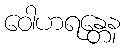
ဝေါဟရန္တေန